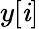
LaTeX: y[\mathit{i}]